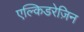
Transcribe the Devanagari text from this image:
एल्किडरेज़िन